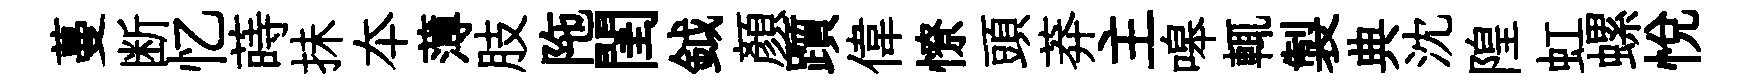
蔓断忆蒔抺夲薄肢陁閨鉞顏躓偉憭頭莽主嗥輒製典沈隍虹螺悅